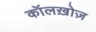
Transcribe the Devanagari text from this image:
कॉलख़ोज़